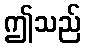
ဤသည်